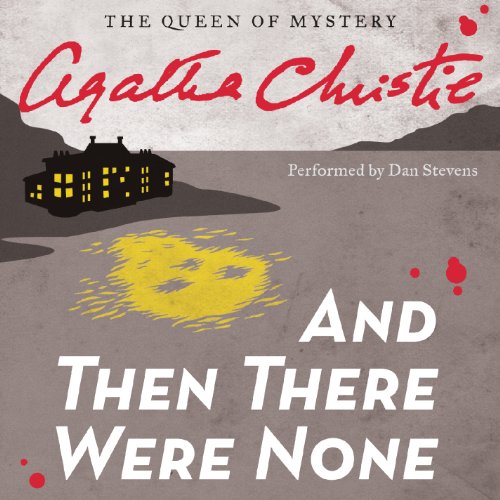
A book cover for And Then There Were None; Agatha Christie; Mystery, Thriller & Suspense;